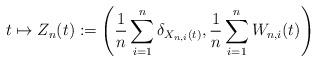
LaTeX: \begin{align*} t \mapsto Z_n(t) := \left(\frac{1}{n} \sum_{i=1}^n \delta_{X_{n,i}(t)},\frac{1}{n} \sum_{i=1}^n W_{n,i}(t)\right)\end{align*}